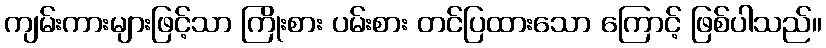
ကျမ်းကားများဖြင့်သာ ကြိုးစား ပမ်းစား တင်ပြထားသော ကြောင့် ဖြစ်ပါသည်။